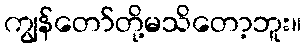
ကျွန်တော်တို့မသိတော့ဘူး။